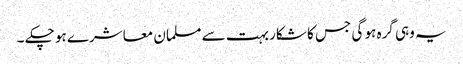
یہ وہی گرہ ہو گی جس کا شکار بہت سے مسلمان معاشرے ہو چکے ۔